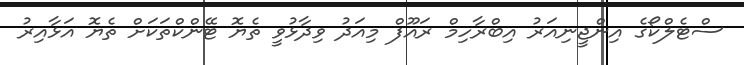
ސްޓެލްކޯގެ އިންޖީނިއަރު އިބްރާހިމް ރައޫފް މިއަދު ވިދާޅުވީ ތެޔޮ ޓޭންކްތަކަށް ތެޔޮ އަޅާއިރު